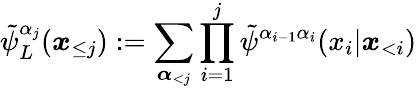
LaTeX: \tilde{\psi}_{L}^{\alpha_{j}}(\boldsymbol x_{\le j}):=\sum_{\boldsymbol{\alpha}_{<j}}\prod_{i=1}^{j}\tilde{\psi}^{\alpha_{i-1}\alpha_{i}}(x_{i}|\boldsymbol x_{<i})